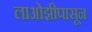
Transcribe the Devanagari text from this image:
लाओझीपासून